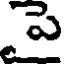
పె